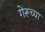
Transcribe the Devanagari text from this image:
गेरूच्या